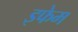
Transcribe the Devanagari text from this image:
इफेम